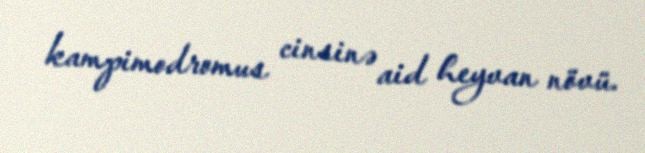
kampimodromus cinsinə aid heyvan növü.